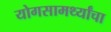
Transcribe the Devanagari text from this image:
योगसामर्थ्यांचा